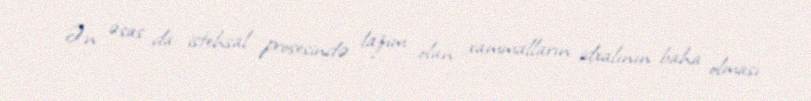
Ən əsas da istehsal prosesində lazım olan xammalların idxalının baha olması